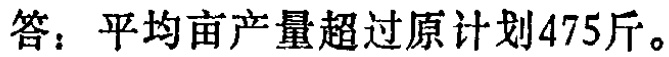
答：平均亩产量超过原计划475斤。